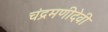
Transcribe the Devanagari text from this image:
चंद्रमणीदेवी